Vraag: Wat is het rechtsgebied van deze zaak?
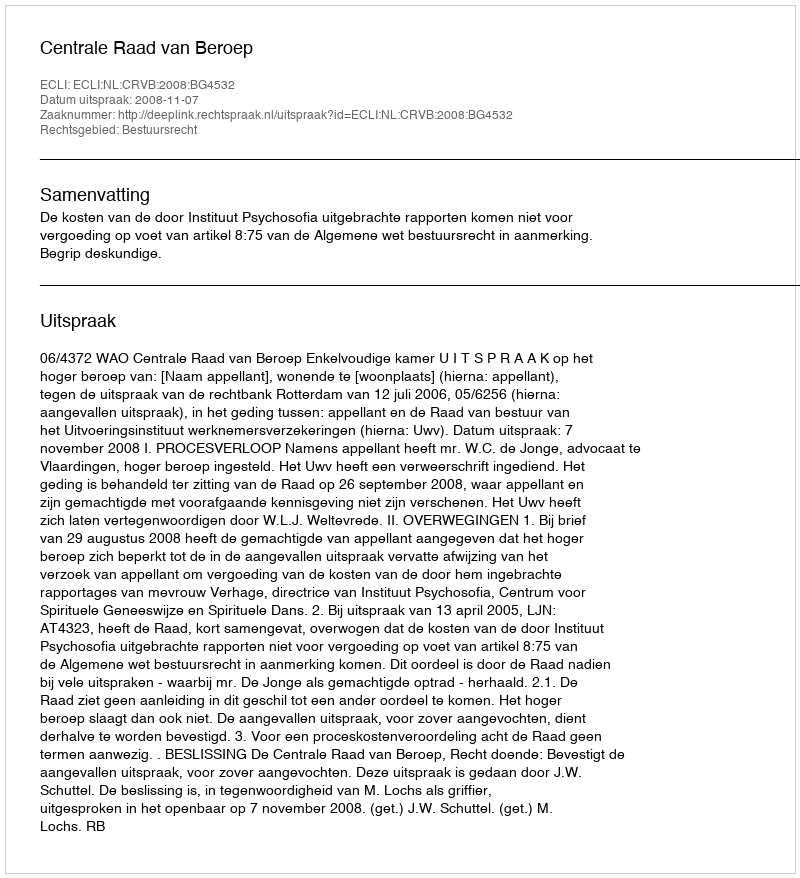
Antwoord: Bestuursrecht